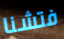
فتشنا